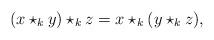
LaTeX: \begin{align*}(x\star_k y) \star_k z = x \star_k (y \star_k z),\end{align*}